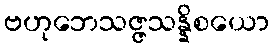
ဗဟုဘေသဇ္ဇသန္နိစယော